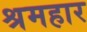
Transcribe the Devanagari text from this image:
श्रमहार